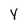
Character: Y